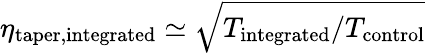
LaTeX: \eta_{\mathrm{taper,integrated}}\simeq\sqrt{T_{\mathrm{integrated}}/T_{\mathrm{control}}}